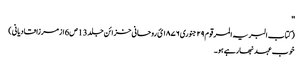
''
( کتاب البریہ المرقوم ٢٩ جنوری ١٨٧٦ئ روحانی خزائن جلد 13 ص6 ازمرزا قادیانی )
خوب عہد نبھارہے ہو۔